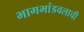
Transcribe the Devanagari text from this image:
भागभांडवलाची